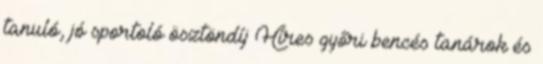
tanuló, jó sportoló ösztöndíj Híres győri bencés tanárok és